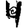
Digit: 4